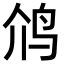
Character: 𮭡